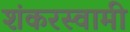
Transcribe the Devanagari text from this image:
शंकरस्वामी